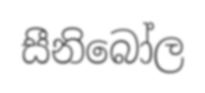
සීනිබෝල